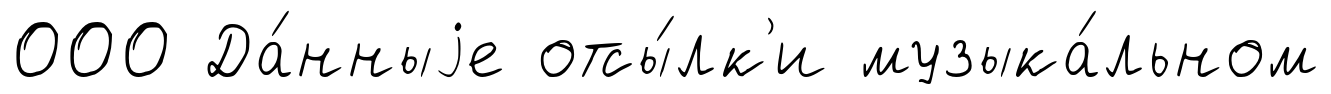
000 Да́нныjе отсы́лк'и музыка́льном